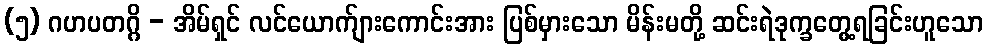
(၅) ဂဟပတဂ္ဂိ - အိမ်ရှင် လင်ယောက်ျားကောင်းအား ပြစ်မှားသော မိန်းမတို့ ဆင်းရဲဒုက္ခတွေ့ရခြင်းဟူသော